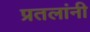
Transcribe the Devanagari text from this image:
प्रतलांनी